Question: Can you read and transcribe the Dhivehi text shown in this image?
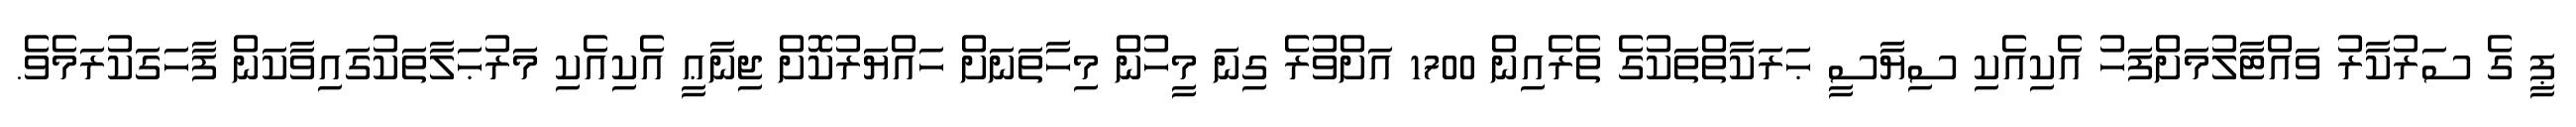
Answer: ޕީ ގެ ސަރުކާރު ވައްޓާލުމަށްފަހު އެކިއެކި ސިޔާސީ ޙަރަކާތްތަކުގެ ތެރެއިން 1700 އަށްވުރެ ގިނަ މީހުން މިހާތަނަށް ހައްޔަރުކޮށް ޖިނާޢީ އެކިއެކި މަރުޙަލާތަކުގައިވާކަން ފާހަގަކުރަމެވެ.